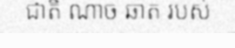
ជាតិ ណាច ឆាត របស់